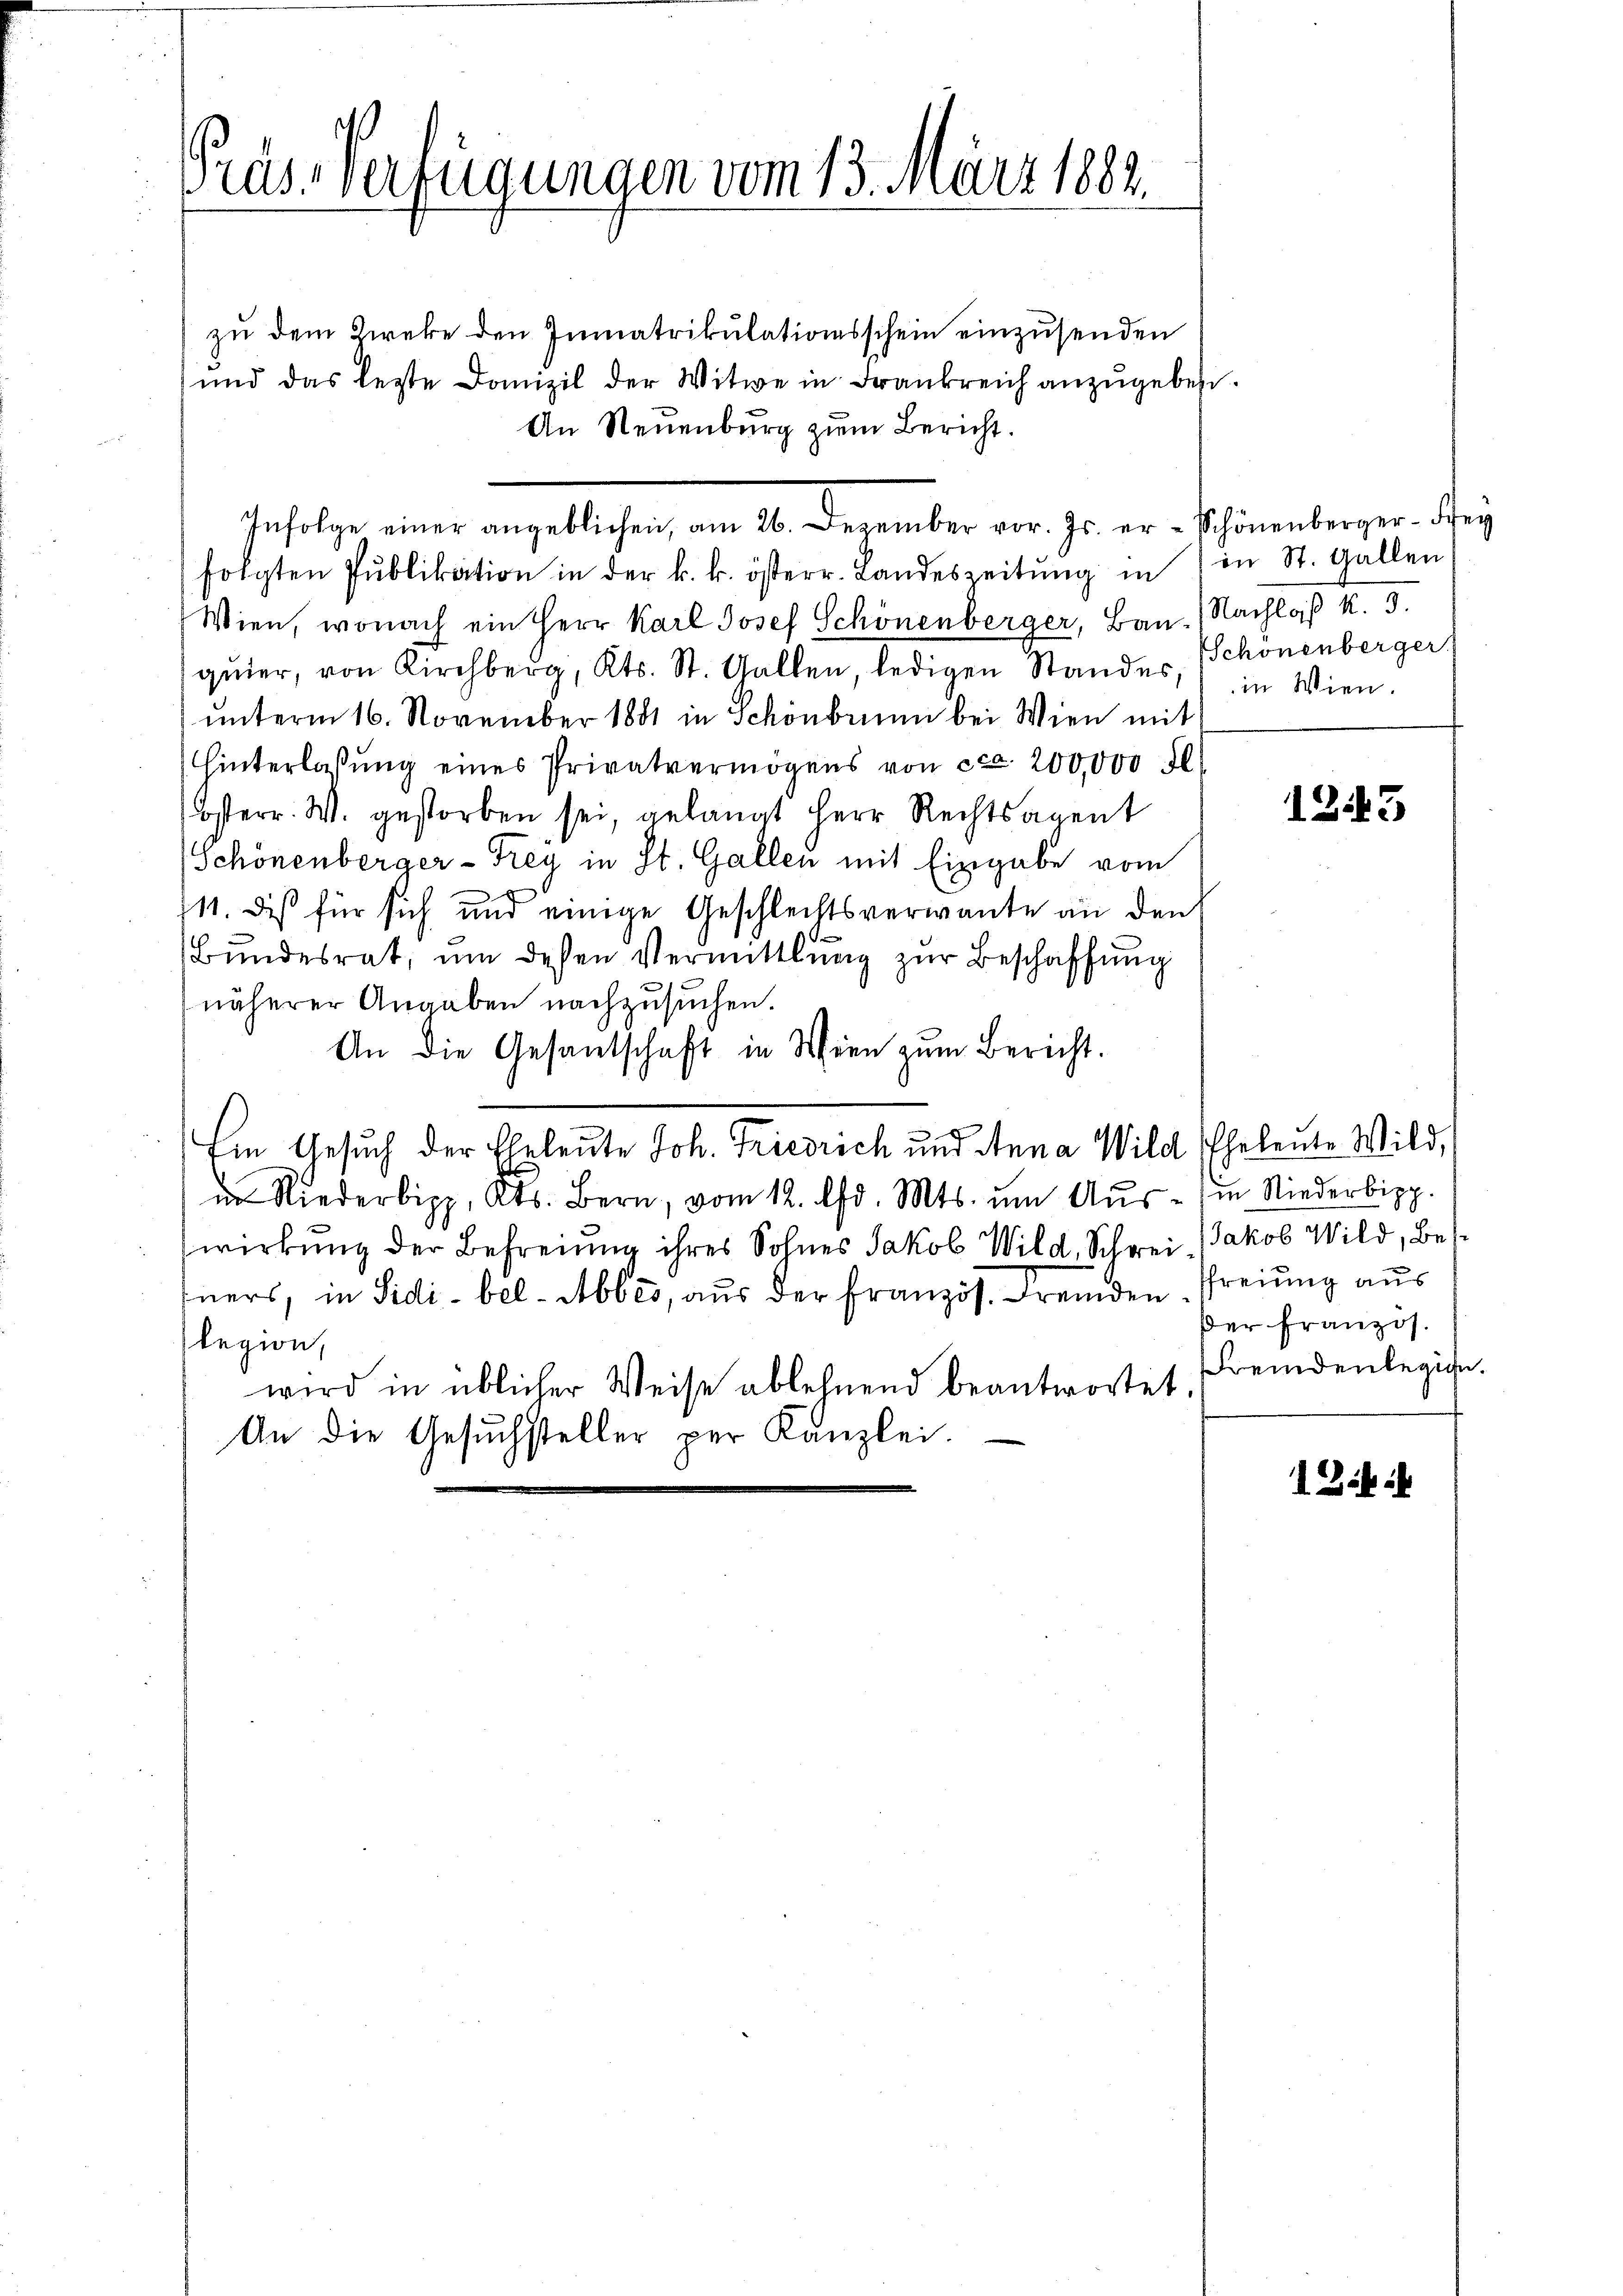
Präs. Verfügungen vom 13. März 1883.

Infolge einer angeblichen, am 20. Dezember vor. Js. er Schönenberger. Mey

zu dem Zieke den Immatrikulationsschein einzusenden
und das lezte Domizil der Witwe in Frankreich anzŭgeben.
An Neuenburg zŭm Bericht.
folgten Pŭblikation in der k. k. österr. Landeszeitŭng in in St. Gallen
Wien, wonach ein Herr Karl Josef Schönenberger, Bau.) Nachlaß k. 3.
qŭier, von Kirchberg, Kts. St. Gallen, ledigen Standes Schönenberger
unterm 16. November 1881 in Schönbrunn bei Wien mit
hinterlassŭng eines Privatvermögens von ca. 200,000 fl
Osterr. W. gestorben sei, gelangt Herr Rechtsagent
Schönenberger - Frey in St. Gallen mit Eingabe vom
.
111. Dis für sich und einige Geschlechtsverwante an den
Bundesrat, um dessen Vermittlung zur Beschaffung
näherer Angaben nachzusuchen.
An die Gesantschaft in Wien zum Bericht.
Ein Gesuch der Eheleute Joh. Friedrich und Anna Wild Eheleute Wild,
in Niederipp, Kts. Bern, vom 12. d. Mts. ŭm Aŭs- in Niederbipp.
wirkung der Befreiung ihres Sohnes Jakob Wild, Schrei Jakob Wild, Bes
ners, in Sidi-bel-Abbes, aus der Französ. Fremden Preiung aus
legion,
wird in üblicher Weise ablehnend beantwortet.
An die Gesuchsteller per Kanzlei.

in Wien.

1243

der Französ.
Fremdenlegige.